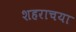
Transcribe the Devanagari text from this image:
शहराचया